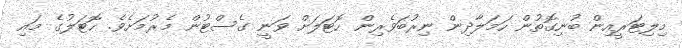
މިލިޓަރީއިން ބުނިގޮތުން ހަމަލާދިން ނިރުބަވެރިން ހޮޓަލަށް ވަނީ ގެސްޓުން މެރުމަށެވެ. ހޮޓަލުގެ މައި